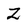
Character: z